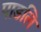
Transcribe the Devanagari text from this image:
पाडलि